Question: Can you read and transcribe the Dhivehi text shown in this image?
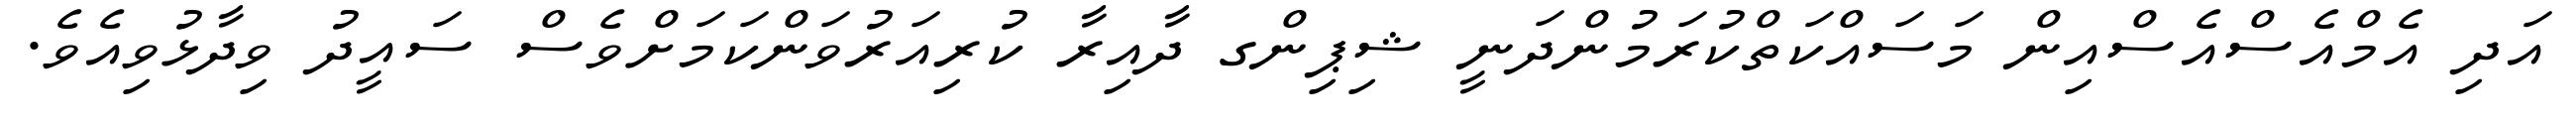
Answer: އަދި އެމްއެސްއެސްއިން މަސައްކަތްކުރަމުންދަނީ ޝިޕިންގ ދާއިރާ ކުރިއަރުވަންކަމަށްވެސް ސައީދު ވިދާޅުވިއެވެ.